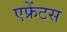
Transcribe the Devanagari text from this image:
एफ्रेंटस